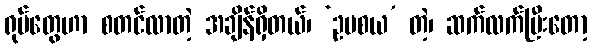
ရုပ်တွေဟာ စတင်လာတဲ့ အချိန်ရှိတယ်၊ ‘ဥပစယ’ တဲ့၊ ဆက်လက်ပြီးတော့